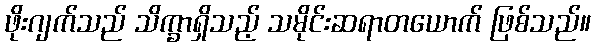
ဖိုးဂျက်သည် သိက္ခာရှိသည့် သမိုင်းဆရာတယောက် ဖြစ်သည်။